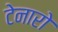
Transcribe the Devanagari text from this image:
टेनारो